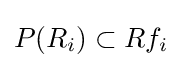
P(R_{i})\subset Rf_{i}